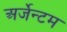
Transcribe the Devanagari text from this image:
अर्जेन्टम